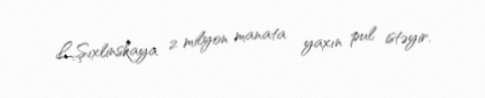
L.Şıxlinskaya 2 milyon manata yaxın pul istəyir.